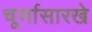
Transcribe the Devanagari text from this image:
चूर्णासारखे